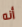
أنه